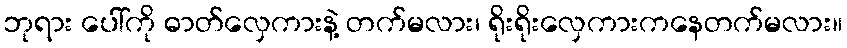
ဘုရား ပေါ်ကို ဓာတ်လှေကားနဲ့ တက်မလား၊ ရိုးရိုးလှေကားကနေတက်မလား။